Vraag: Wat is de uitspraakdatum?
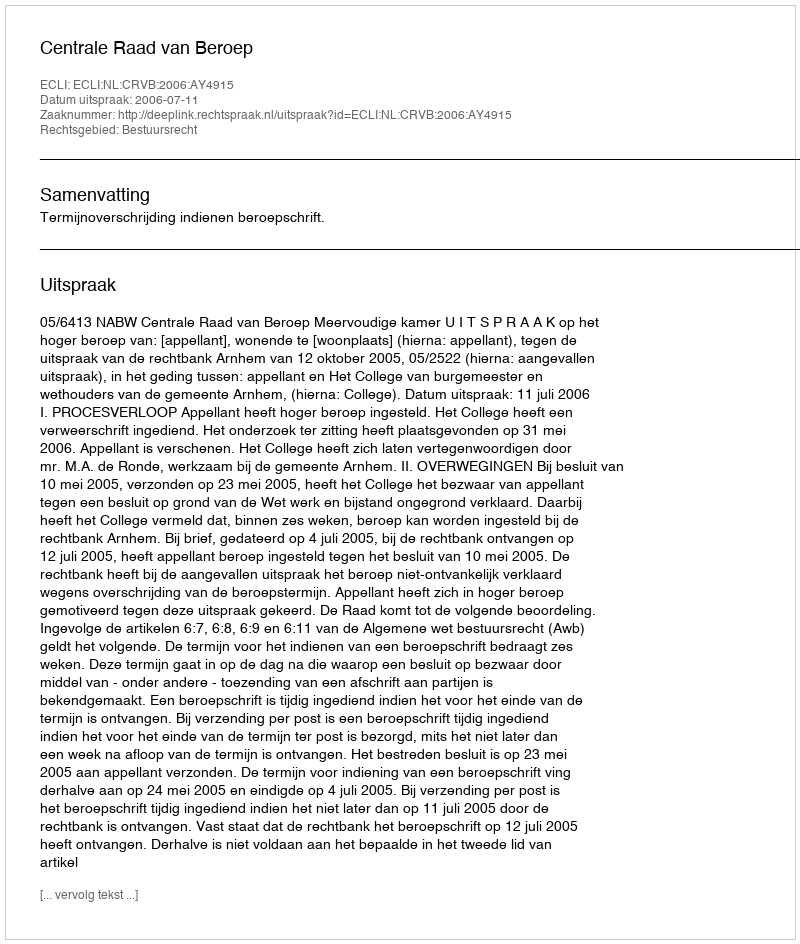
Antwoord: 2006-07-11